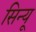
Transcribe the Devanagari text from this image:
सिन्यू